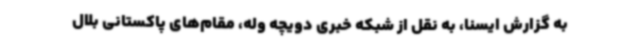
به گزارش ایسنا، به نقل از شبکه خبری دویچه وله، مقام‌های پاکستانی بلال